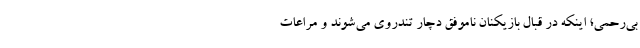
بی‌رحمی؛ اینکه در قبال بازیکنان ناموفق دچار تندروی می‌شوند و مراعات